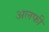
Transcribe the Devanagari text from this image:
अलफी